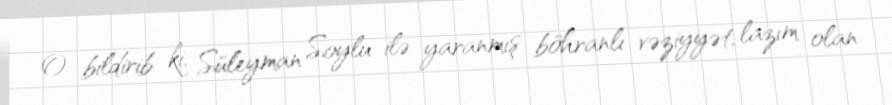
O bildirib ki, Süleyman Soylu ilə yaranmış böhranlı vəziyyət, lazım olan